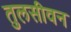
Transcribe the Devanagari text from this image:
तुलसीवन